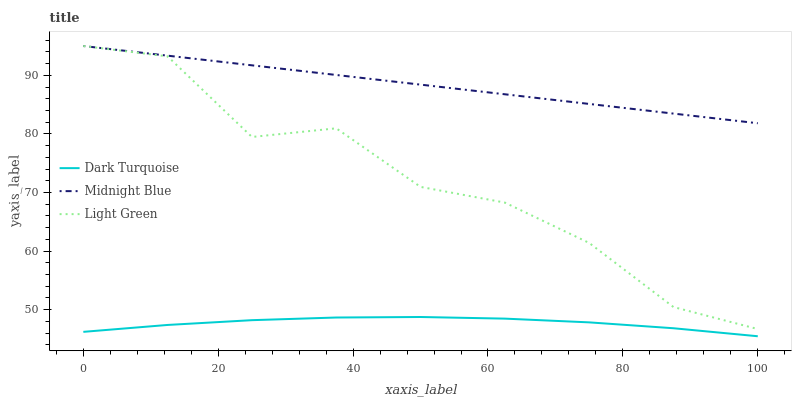
| xaxis_label | Dark Turquoise | Midnight Blue | Light Green |
 | --- | --- | --- | --- |
 | 0 | 46.2 | 95 | 95 |
 | 12.5 | 47.4 | 93.4 | 93.2 |
 | 25 | 48.2 | 91.7 | 79.5 |
 | 37.5 | 48.7 | 90.1 | 81 |
 | 50 | 48.7 | 88.4 | 71 |
 | 62.5 | 48.5 | 86.8 | 68.3 |
 | 75 | 47.8 | 85.1 | 61.4 |
 | 87.5 | 46.8 | 83.5 | 50.4 |
 | 100 | 45.5 | 81.8 | 46.7 |